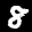
Label: 8